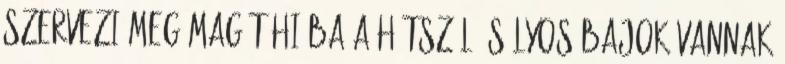
szervezi meg magát Hiába a hátszél: súlyos bajok vannak